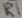
Text: R1